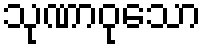
သုဏာဝုသော